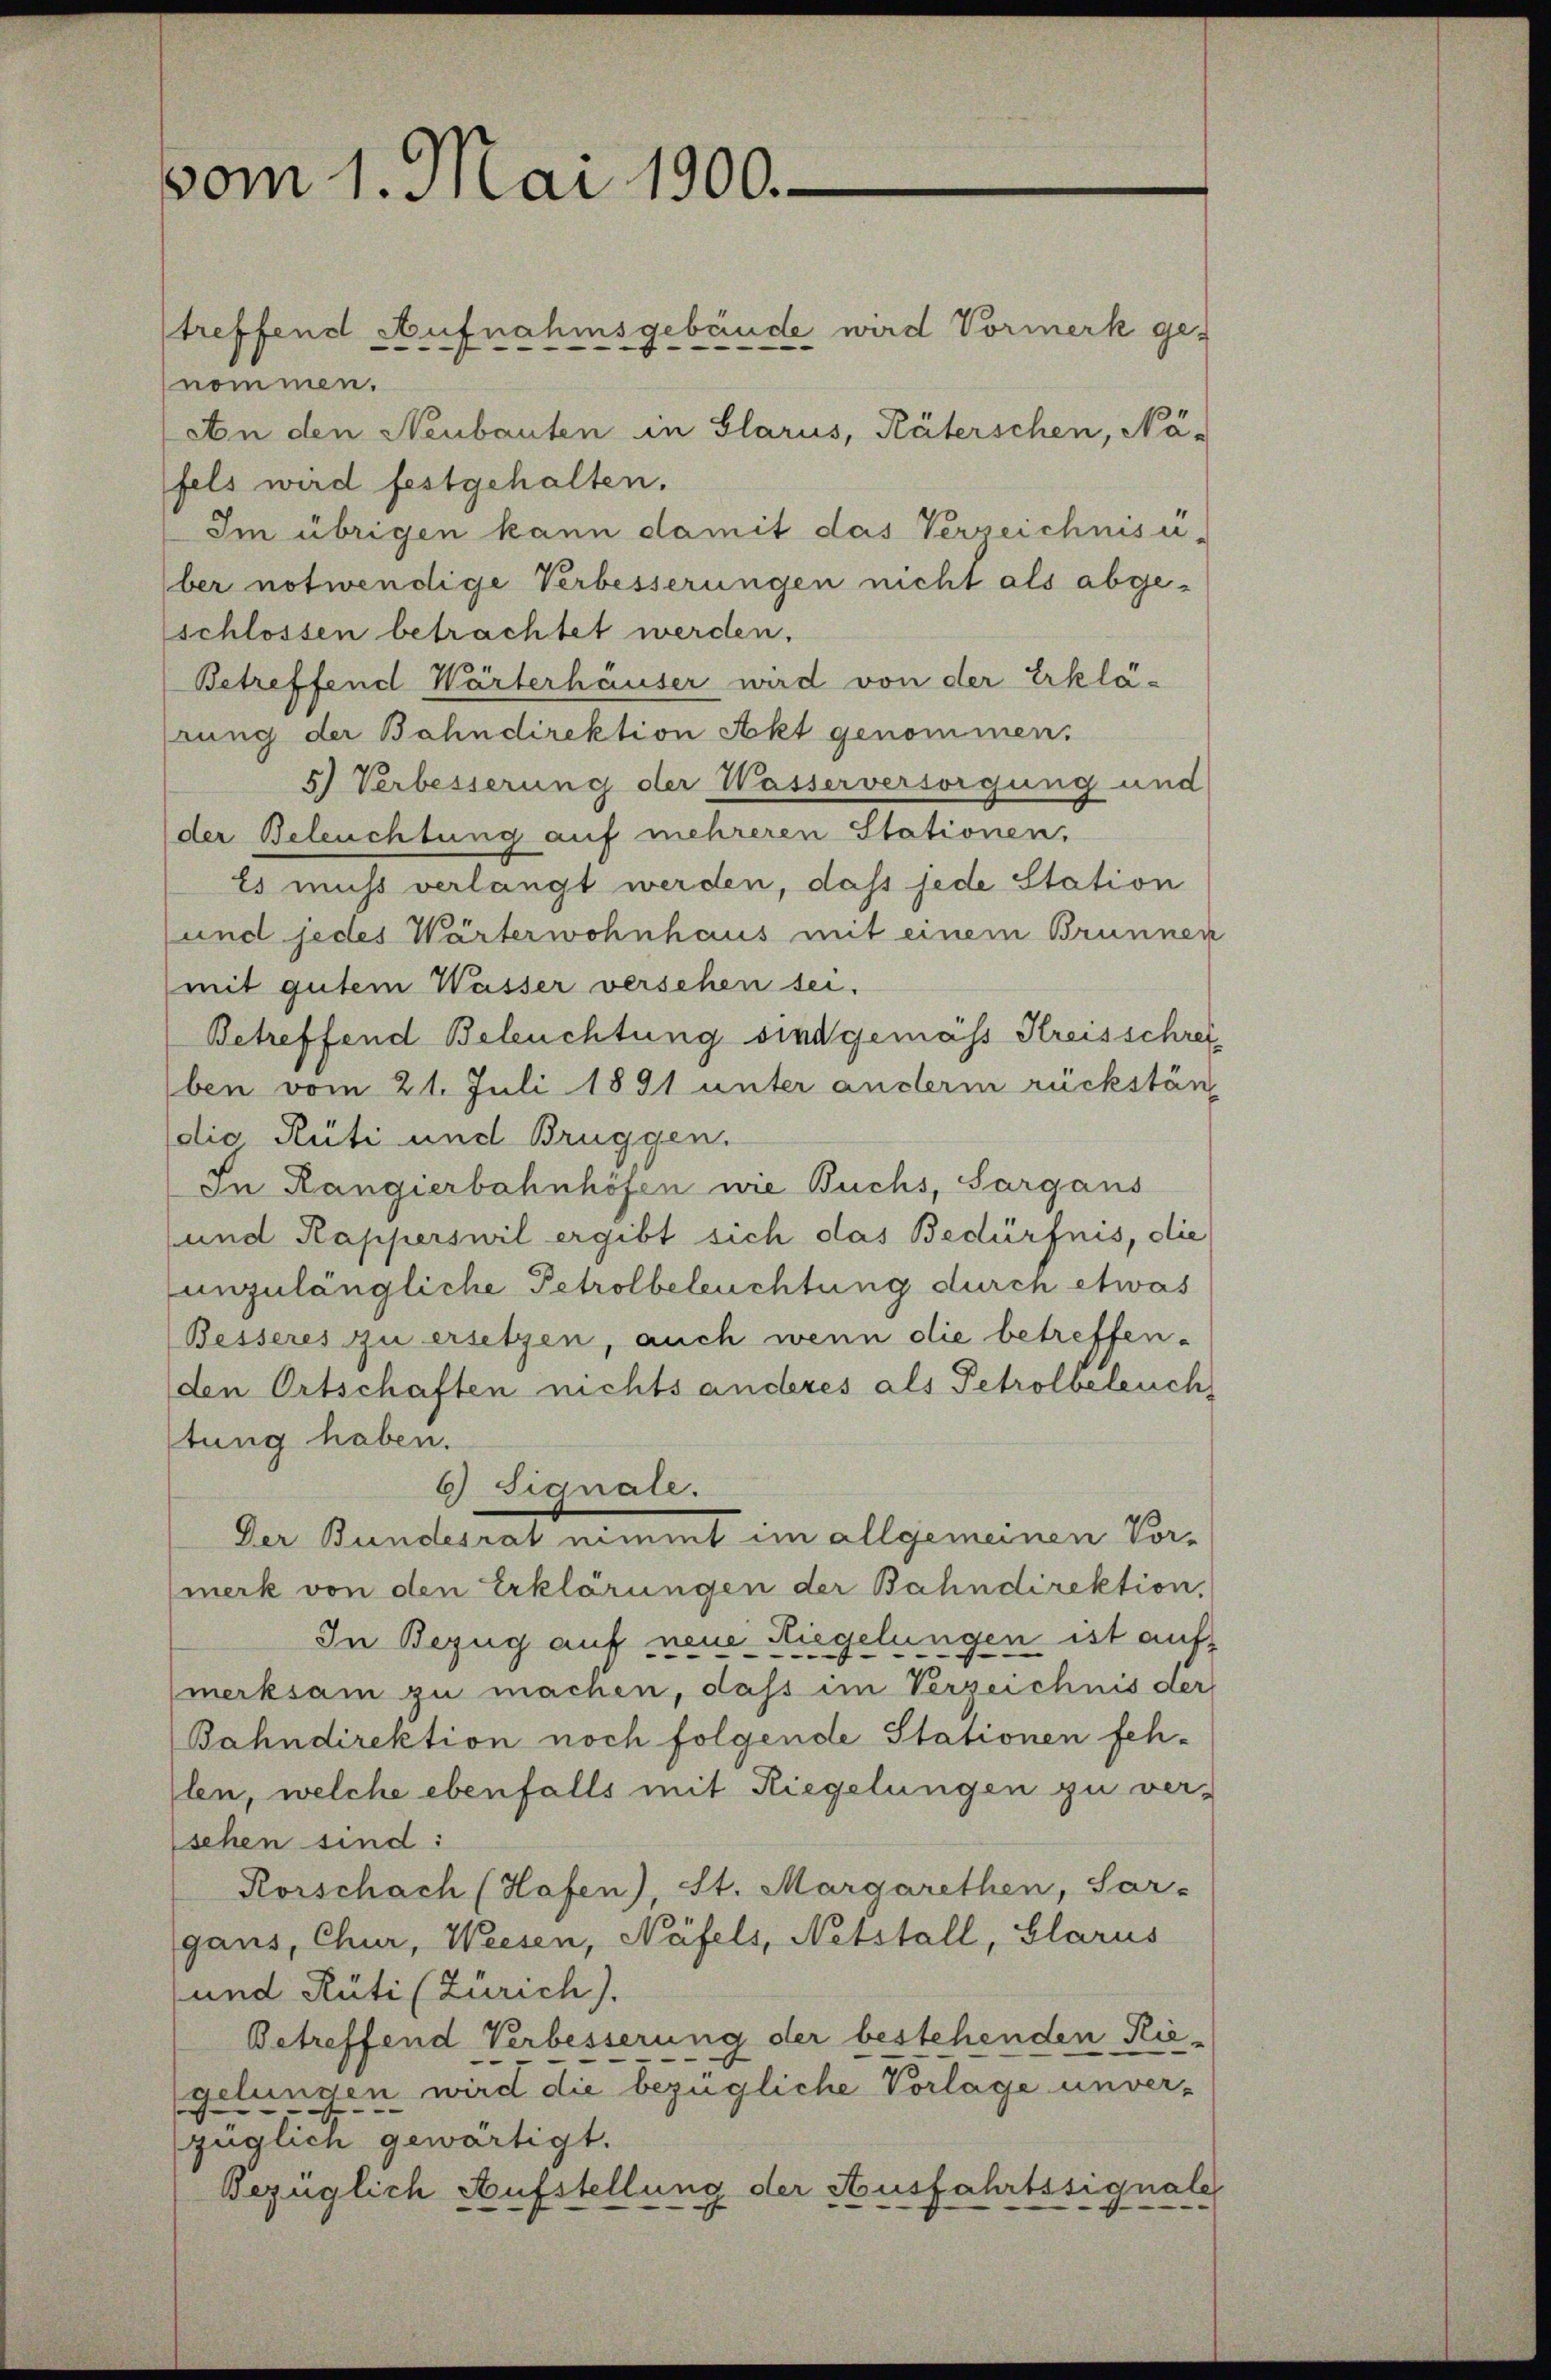
vom 1. Mai 1900.

treffend Aufnahmsgebäude wird Vormerk ge-
nommen.
An den Neubauten in Glarus, Räterschen, Na-
fels wird festgehalten.
Im übrigen kann damit das Verreichnisu-
ber notwendige Verbesserungen nicht als abgeschlossen betrachtet werden.
Betreffend Wärterhäuser wird von der Erklärung der Bahndirektion Akt genommen.
5) Verbesserung der Wasserversorgung und
der Beleuchtung auf mehreren Stationen,
Es muss verlangt werden, daß jede Station
und jedes Wärterwohnhaus mit einem Brunnen
mit gutem Wasser versehen sei.
Betreffend Beleuchtung sind gemäss Kreisschrei
ben vom 21. Juli 1891 unter anderm rückständie Rüti und Bruggen.
In Rangierbahnhöfen nie Buchs, Sargans
und Rapperswil ergibt sich das Bedürfnis, die
unzulängliche Petrolbeleuchtung durch etwas
Besseres zu ersetzen, auch wenn die betreffenden Ortschaften nichts anderes als Petrolbeleuch
tung haben.
6) Signale.
Der Bundesrat nimmt im allgemeinen Vor-
merk von den Erklärungen der Bahndirektion,
In Bezug auf neue Riegelungen ist auf
(merksam zu machen, dass im Verzeichnis der
Bahndirektion noch folgende Stationen feh-
len, welche ebenfalls mit Riegelungen zu versehen sind:
Rorschach (Hafen), St. Margarethen, Sar-
gans, Chur, Weesen, Näfels, Netstall, Glarus
und Rüti (Zürich).
Betreffend Verbesserung der bestehenden Riegelungen wird die bezügliche Vorlage unver-
züglich gewärtigt.
Bezüglich Aufstellung der Ausfahrtssignale